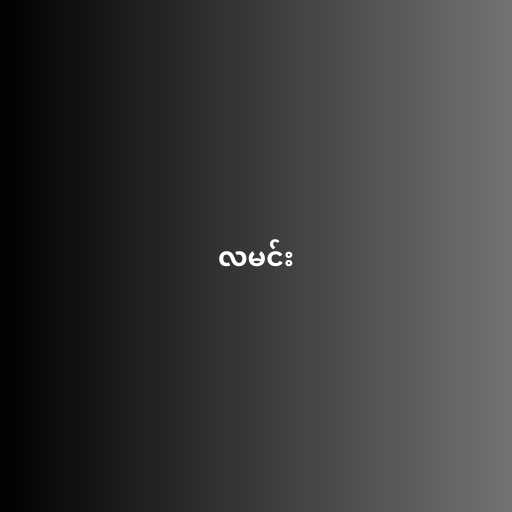
လမင်း